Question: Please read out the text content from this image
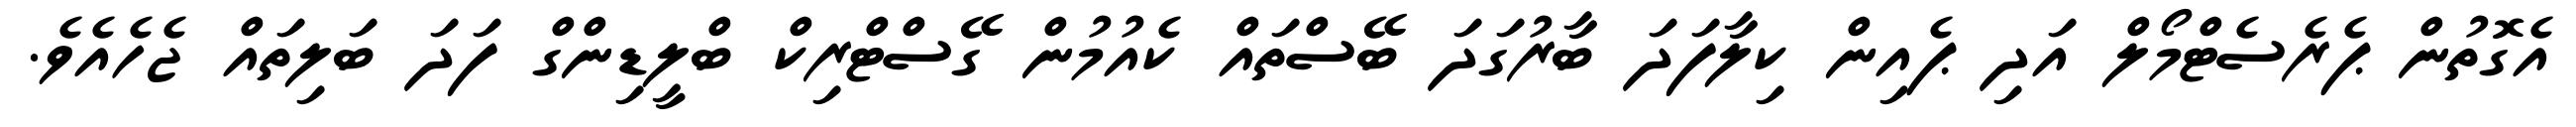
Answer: އެގޮތުން ޕެރެސެޓްމޯލް އަދި ޕެއިން ކިލާފަދަ ބާރުގަދަ ބޭސްތައް ކެއުމުން ގޭސްޓްރިކް ބްލީޑިންގް ފަދަ ބަލިތައް ޖެހެއެވެ.